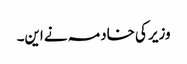
وزیر کی خادمہ نے این۔